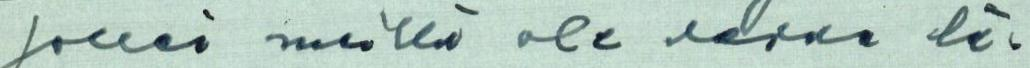
jollei meillä ole varaa lä-